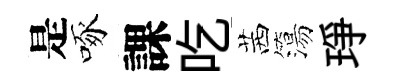
是啄課吃茜簜琤